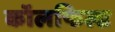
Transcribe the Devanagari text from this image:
कॉलफिल्ड